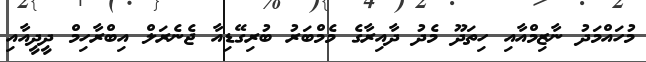
މުހައްމަދު ނާޒިމްއާއި ހިތަދޫ މެދު ދާއިރާގެ މެމްބަރު ބުރިގޭޑިއާ ޖެނެރަލް އިބްރާހިމް ދީދީއާއި